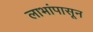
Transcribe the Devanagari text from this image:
लाभांपासून